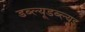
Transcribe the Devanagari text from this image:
डब्ल्यूडब्ल्यूइ